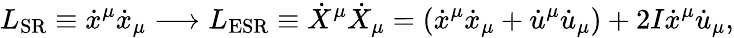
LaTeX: L_{\textrm{SR}}\equiv\dot{x}^{\mu}\dot{x}_{\mu}\longrightarrow L_{\textrm{ESR}}\equiv\dot{X}^{\mu}\dot{X}_{\mu}=(\dot{x}^{\mu}\dot{x}_{\mu}+\dot{u}^{\mu}\dot{u}_{\mu})+2I\dot{x}^{\mu}\dot{u}_{\mu},